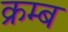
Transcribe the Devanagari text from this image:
क्रम्ब